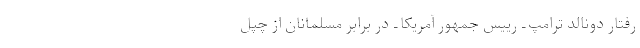
رفتار دونالد ترامپ ـ رییس جمهور آمریکا ـ در برابر مسلمانان از چپل